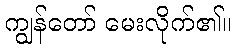
ကျွန်တော် မေးလိုက်၏။